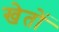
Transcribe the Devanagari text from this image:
खेताें